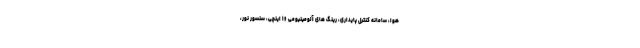
هوا، سامانه کنترل پایداری، رینگ های آلومینیومی ۱۶ اینچی، سنسور نور،